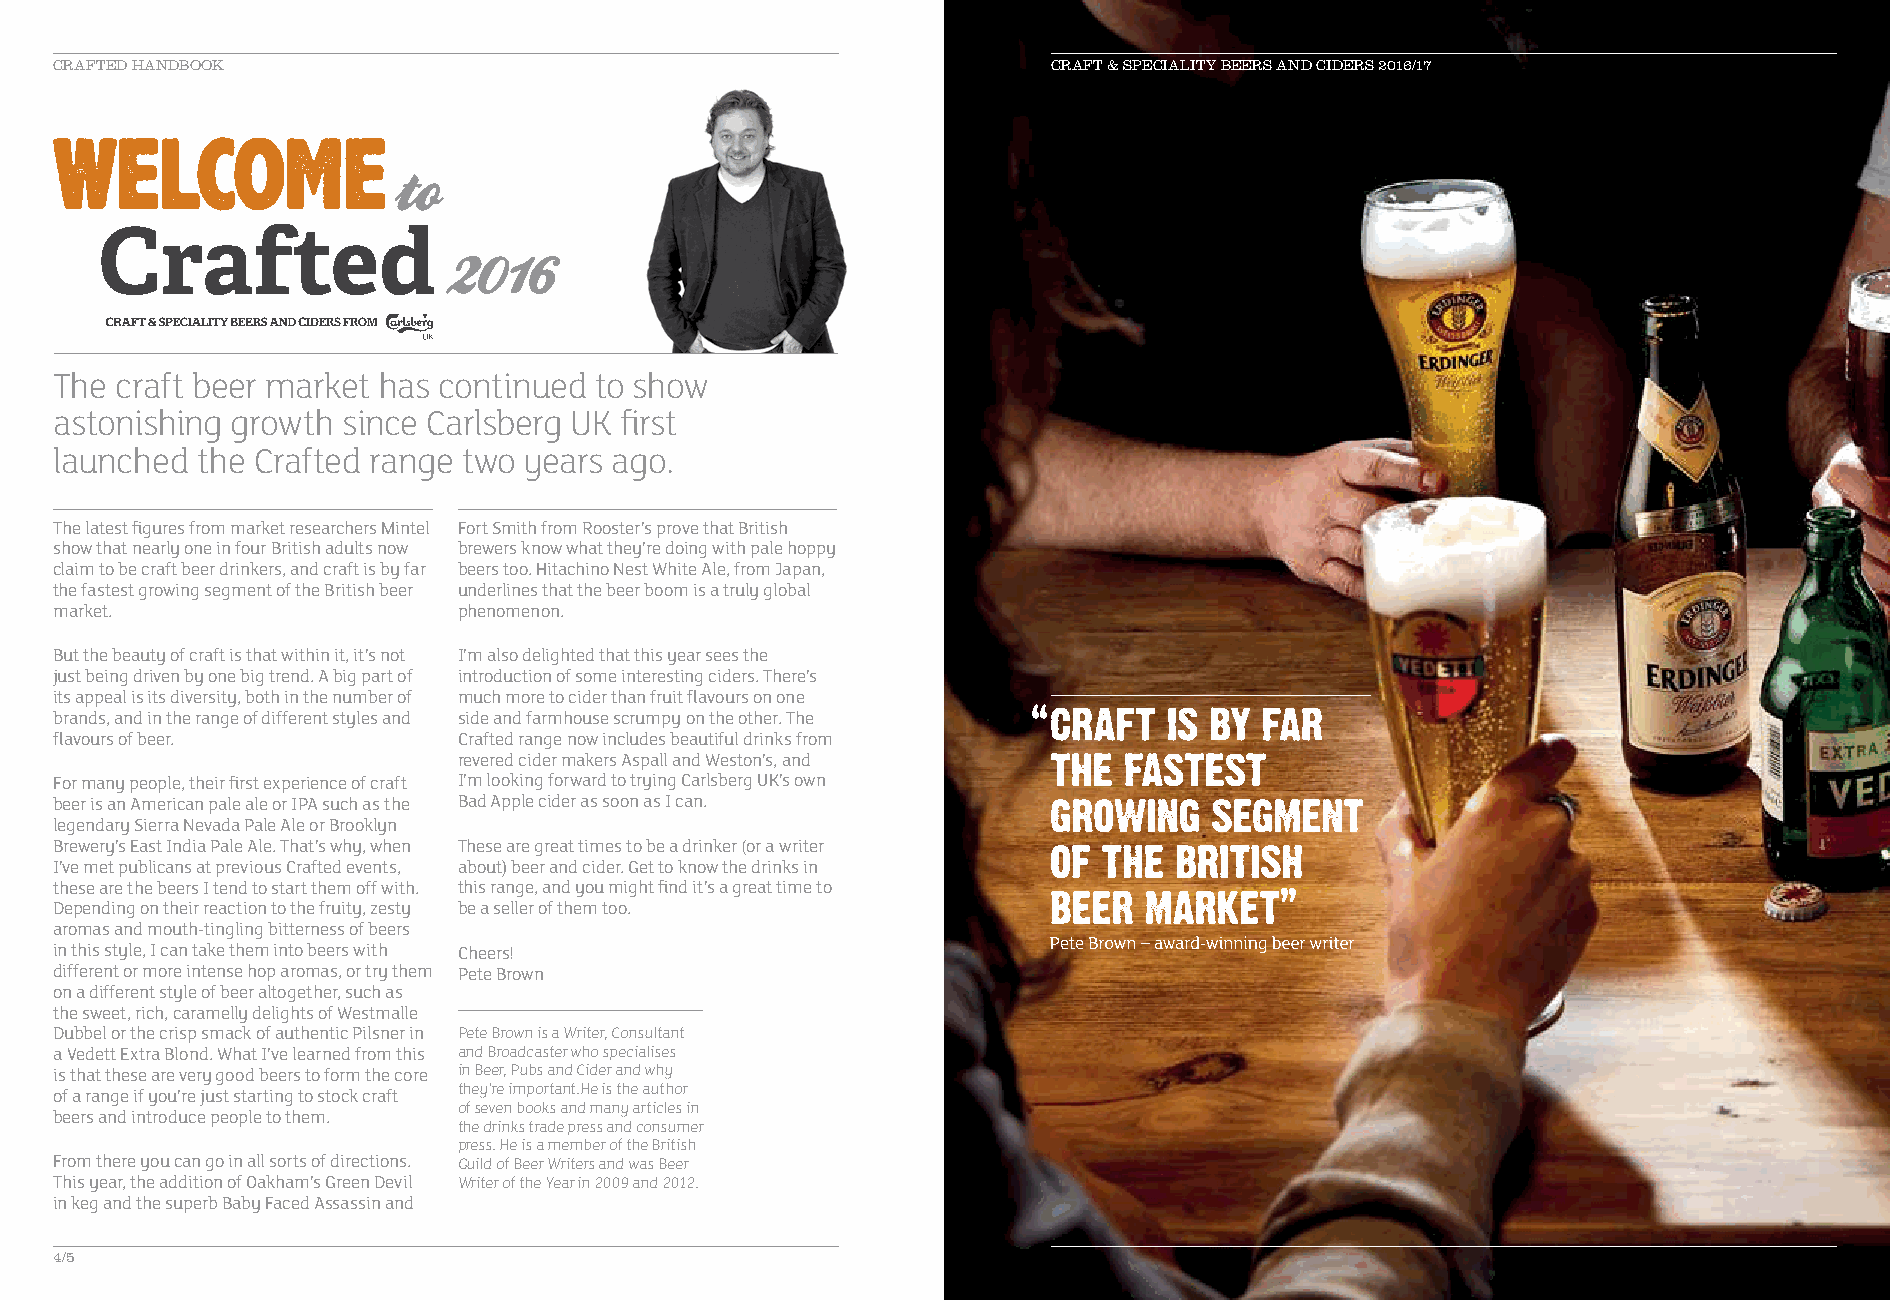
CRAFTED HANDBOOK                                                  CCRRAAFFTT && SSPPEECCIIAALLIITTYY BBEEEERRSS AANNDD CCIIDDEERRSS 22001166//1177
 The craft beer market has continued to show
 astonishing growth since Carlsberg UK first
 launched the Crafted range two years ago.
 The latest figures from market researchers Mintel Fort Smith from Rooster’s prove that British
 show that nearly one in four British adults now brewers know what they’re doing with pale hoppy
 claim to be craft beer drinkers, and craft is by far beers too. Hitachino Nest White Ale, from Japan,
 the fastest growing segment of the British beer underlines that the beer boom is a truly global
 market.                   phenomenon.
 But the beauty of craft is that within it, it’s not I’m also delighted that this year sees the
 just being driven by one big trend. A big part of introduction of some interesting ciders. There’s
 its appeal is its diversity, both in the number of much more to cider than fruit flavours on one
 brands, and in the range of different styles and side and farmhouse scrumpy on the other. The
 flavours of beer.         Crafted range now includes beautiful drinks from
 revered cider makers Aspall and Weston’s, and
 For many people, their first experience of craft I’m looking forward to trying Carlsberg UK’s own
 beer is an American pale ale or IPA such as the Bad Apple cider as soon as I can.
 legendary Sierra Nevada Pale Ale or Brooklyn
 Brewery’s East India Pale Ale. That’s why, when These are great times to be a drinker (or a writer
 I’ve met publicans at previous Crafted events, about) beer and cider. Get to know the drinks in
 these are the beers I tend to start them off with. this range, and you might find it’s a great time to
 Depending on their reaction to the fruity, zesty be a seller of them too.
 aromas and mouth-tingling bitterness of beers
 in this style, I can take them into beers with Cheers!
 different or more intense hop aromas, or try them Pete Brown
 on a different style of beer altogether, such as
 the sweet, rich, caramelly delights of Westmalle
 Dubbel or the crisp smack of authentic Pilsner in Pete Brown is a Writer, Consultant
 a Vedett Extra Blond. What I’ve learned from this and Broadcaster who specialises
 is that these are very good beers to form the core in Beer, Pubs and Cider and why
 they’re important.He is the author
 of a range if you’re just starting to stock craft
 of seven books and many articles in
 beers and introduce people to them.
 the drinks trade press and consumer
 press. He is a member of the British
 From there you can go in all sorts of directions. Guild of Beer Writers and was Beer
 This year, the addition of Oakham’s Green Devil Writer of the Year in 2009 and 2012.
 in keg and the superb Baby Faced Assassin and
 4/5